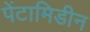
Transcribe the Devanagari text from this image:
पेंटामिडीन